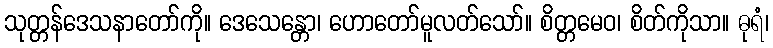
သုတ္တန်ဒေသနာတော်ကို။ ဒေသေန္တော၊ ဟောတော်မူလတ်သော်။ စိတ္တမေဝ၊ စိတ်ကိုသာ။ ဓုရံ၊